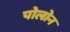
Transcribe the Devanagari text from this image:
पोलोन